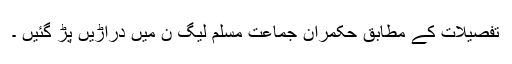
تفصیلات کے مطابق حکمران جماعت مسلم لیگ ن میں دراڑیں پڑ گئیں ۔